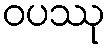
ဝပဿု